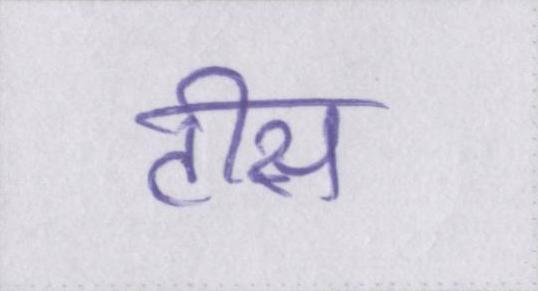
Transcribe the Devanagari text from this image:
टीस